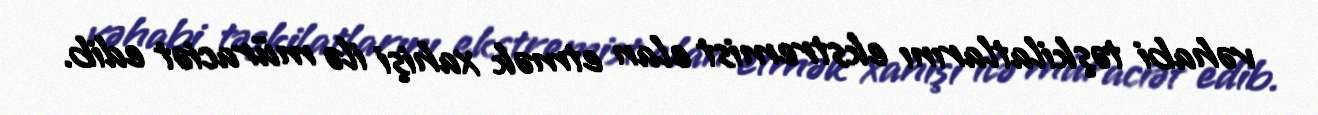
vəhabi təşkilatlarını ekstremist elan etmək xahişi ilə müraciət edib.